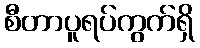
စီတာပူရပ်ကွက်ရှိ